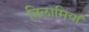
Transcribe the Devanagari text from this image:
निलामियां